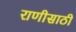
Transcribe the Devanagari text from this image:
राणीसाठी